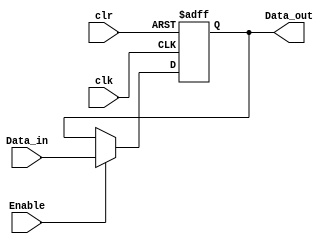
`timescale 1ns / 1ps
//////////////////////////////////////////////////////////////////////////////////
// Company: 
// 
// Design Name: 
// Module Name: register
// Project Name: 
// Target Devices: 
// Tool Versions: 
// Description: 
// 
// Dependencies: 
// 
// Revision:
// Revision 0.01 - File Created
// Additional Comments:
// 
//////////////////////////////////////////////////////////////////////////////////


module register(Data_in,Enable,clk,clr,Data_out);
	parameter WIDTH = 32;
	//WIDTH:Data
	input wire [WIDTH-1:0] Data_in;
	//clr  Data_out
	//0,
	//1,Data_out
	input wire Enable;
	input wire clk;
	input wire clr;
	output reg [WIDTH-1:0] Data_out;
	
	initial begin
		Data_out = 0;
	end
	
	always @(posedge clr or posedge clk) begin
		if(clr == 1) begin
			Data_out = 0;
		end
		else if(Enable == 1) begin
			Data_out = Data_in;
		end
	end
endmodule